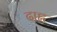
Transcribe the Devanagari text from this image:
दाह्ल